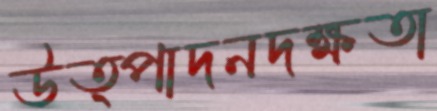
উত্পাদনদক্ষতা